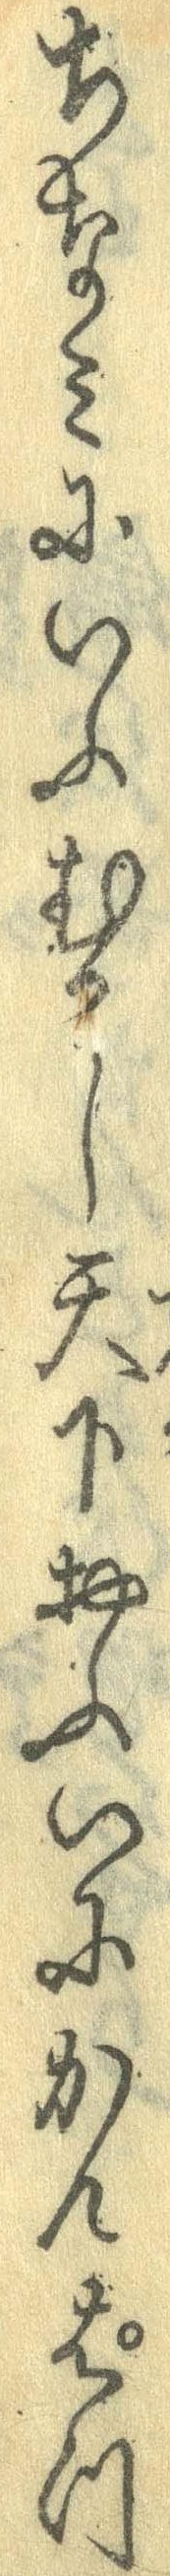
ちなみにいふむかし天下おふいにかんぱつ